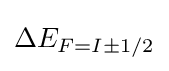
\Delta E_{F=I\pm 1/2}